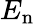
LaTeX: E_{\mathrm{n}}